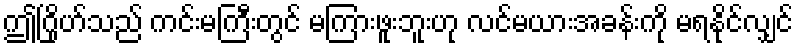
ဤဂြိုဟ်သည် ကင်းမကြီးတွင် မကြားဖူးဘူးဟု လင်မယားအခန်းကို မရနိုင်လျှင်